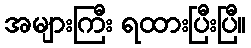
အများကြီး ရထားပြီးပြီ။